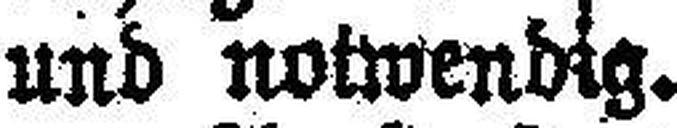
und notwendig.